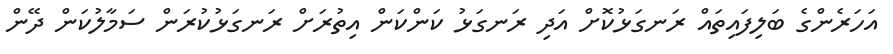
އަހަރެންގެ ބަލިފައިތައް ރަނގަޅުކޮށް އަދި ރަނގަޅު ކަންކަން އިތުރަށް ރަނގަޅުކުރަން ސަމާލުކަން ދޭން